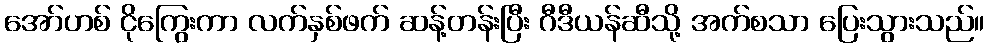
အော်ဟစ် ငိုကြွေးကာ လက်နှစ်ဖက် ဆန့်တန်းပြီး ဂီဒီယန်ဆီသို့ အက်စသာ ပြေးသွားသည်။